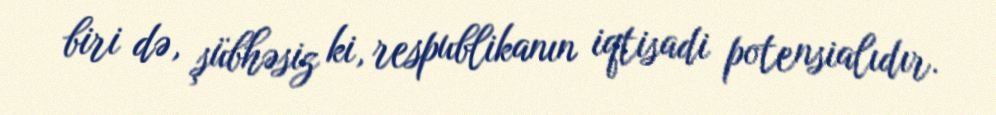
biri də, şübhəsiz ki, respublikanın iqtisadi potensialıdır.